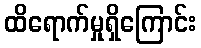
ထိရောက်မှုရှိကြောင်း